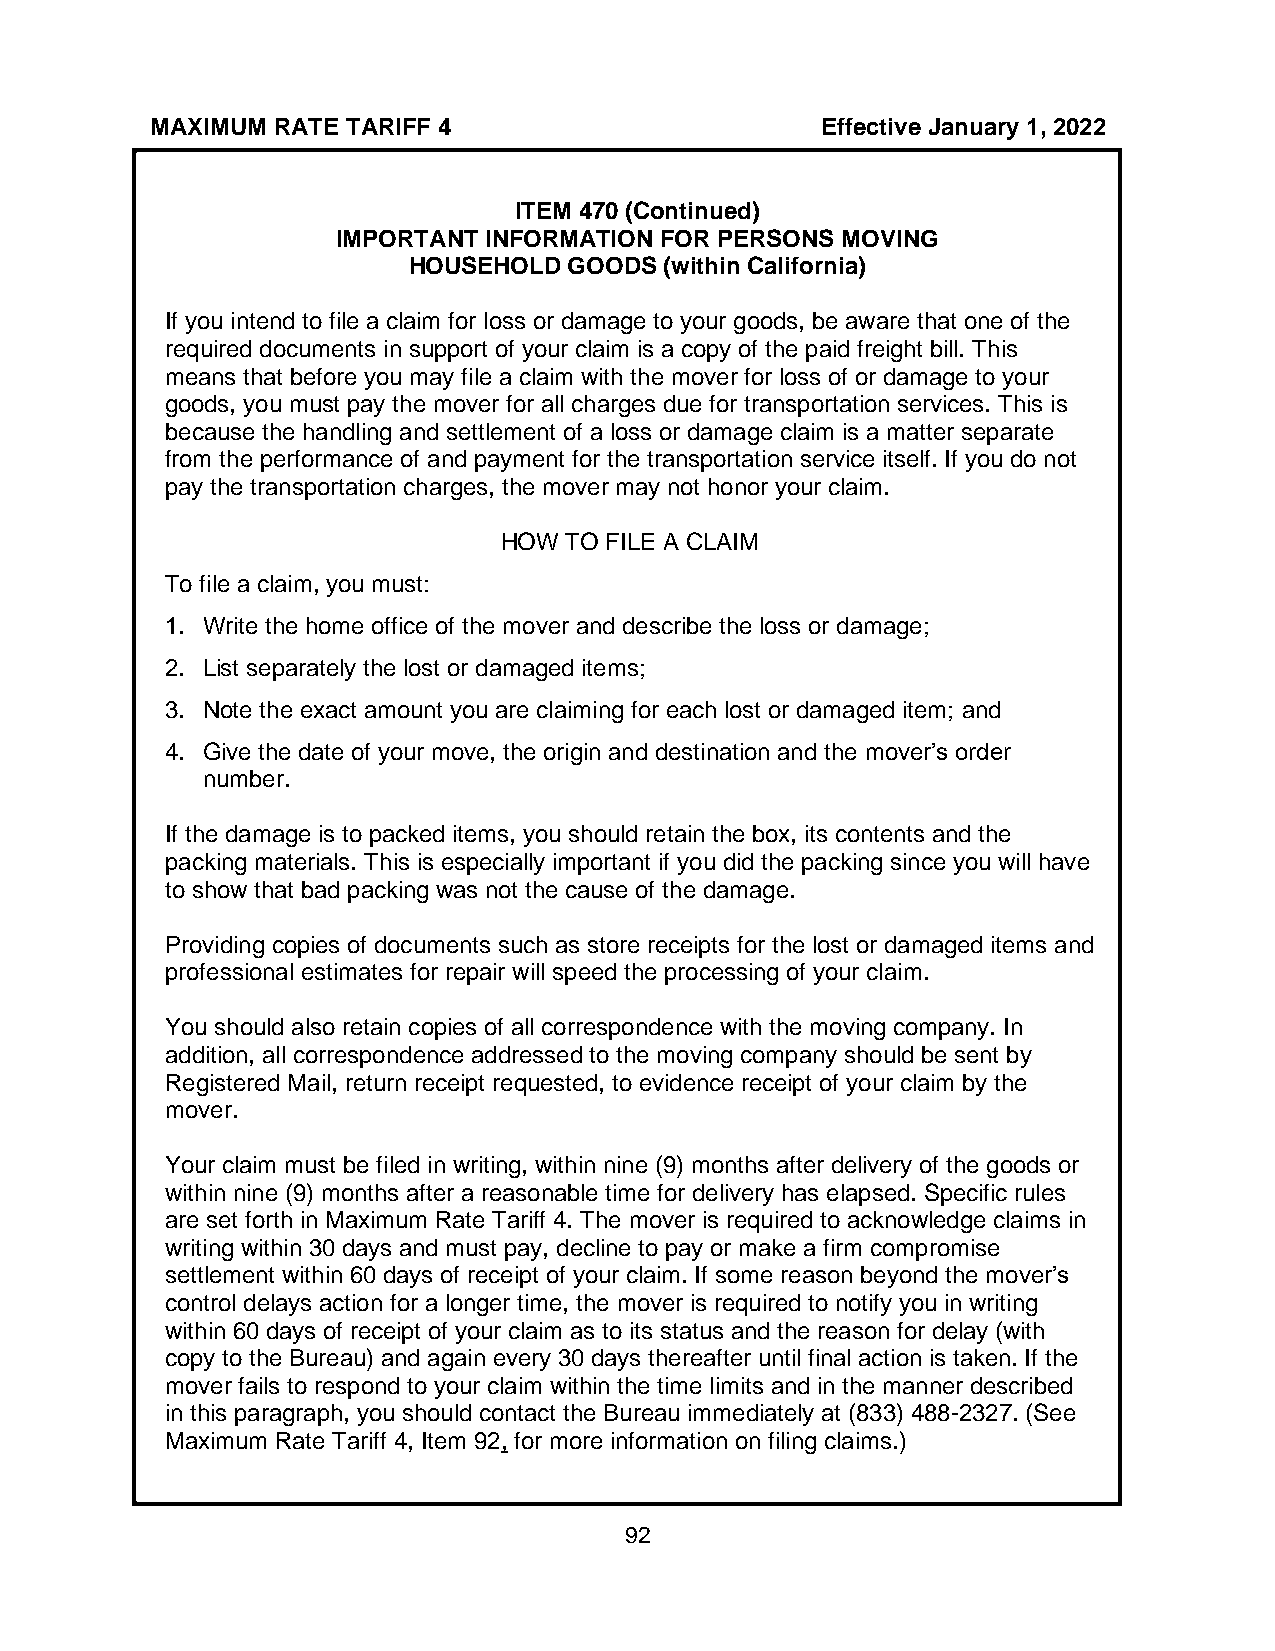
MAXIMUM RATE TARIFF 4                       Effective January 1, 2022
 ITEM 470 (Continued)
 IMPORTANT INFORMATION FOR PERSONS MOVING
 HOUSEHOLD  GOODS (within California)
 If you intend to file a claim for loss or damage to your goods, be aware that one of the
 required documents in support of your claim is a copy of the paid freight bill. This
 means that before you may file a claim with the mover for loss of or damage to your
 goods, you must pay the mover for all charges due for transportation services. This is
 because the handling and settlement of a loss or damage claim is a matter separate
 from the performance of and payment for the transportation service itself. If you do not
 pay the transportation charges, the mover may not honor your claim.
 HOW TO FILE A CLAIM
 To file a claim, you must:
 1. Write the home office of the mover and describe the loss or damage;
 2. List separately the lost or damaged items;
 3. Note the exact amount you are claiming for each lost or damaged item; and
 4. Give the date of your move, the origin and destination and the mover’s order
 number.
 If the damage is to packed items, you should retain the box, its contents and the
 packing materials. This is especially important if you did the packing since you will have
 to show that bad packing was not the cause of the damage.
 Providing copies of documents such as store receipts for the lost or damaged items and
 professional estimates for repair will speed the processing of your claim.
 You should also retain copies of all correspondence with the moving company. In
 addition, all correspondence addressed to the moving company should be sent by
 Registered Mail, return receipt requested, to evidence receipt of your claim by the
 mover.
 Your claim must be filed in writing, within nine (9) months after delivery of the goods or
 within nine (9) months after a reasonable time for delivery has elapsed. Specific rules
 are set forth in Maximum Rate Tariff 4. The mover is required to acknowledge claims in
 writing within 30 days and must pay, decline to pay or make a firm compromise
 settlement within 60 days of receipt of your claim. If some reason beyond the mover’s
 control delays action for a longer time, the mover is required to notify you in writing
 within 60 days of receipt of your claim as to its status and the reason for delay (with
 copy to the Bureau) and again every 30 days thereafter until final action is taken. If the
 mover fails to respond to your claim within the time limits and in the manner described
 in this paragraph, you should contact the Bureau immediately at (833) 488-2327. (See
 Maximum Rate Tariff 4, Item 92, for more information on filing claims.)
 92